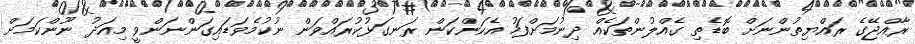
ރާއްޖޭގެ ރައްޔިތުންނަށް ބޮޑެތި ގެއްލުންތަކެއް ދިނުމަށްފަހު އެކަންކަން ރަނގަޅުކުރައްވަން ނުކުމެވަޑައިގަންނަންވީ މިއަދު ނޫންކަމަށް